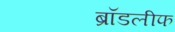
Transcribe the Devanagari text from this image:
ब्रॉडलीफ